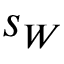
s _ { W }